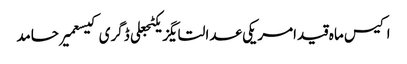
اکیس ماہ قیدامریکی عدالتایگزیکٹجعلی ڈگری کیسعمیر حامد